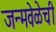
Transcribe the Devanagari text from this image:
जन्मवेळेची